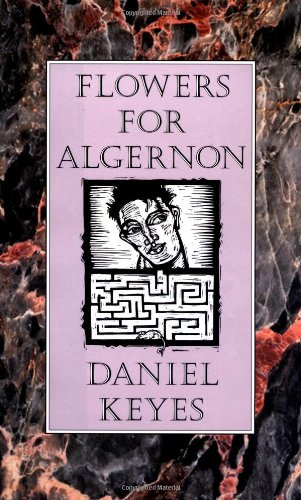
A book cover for Flowers for Algernon; Daniel Keyes; Science Fiction & Fantasy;